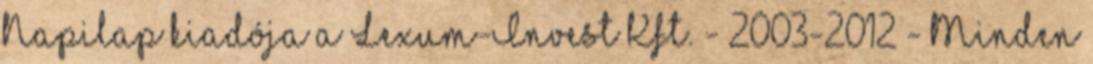
Napilap kiadója a Lexum-Invest Kft. - 2003-2012 - Minden